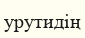
урутидің